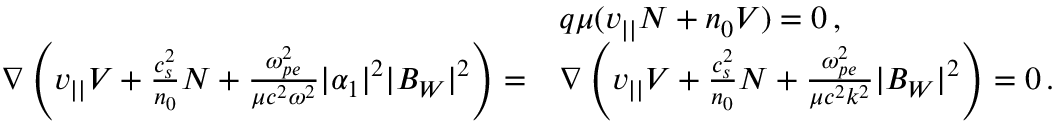
\begin{array} { r l } & { q \mu ( v _ { | | } N + n _ { 0 } V ) = 0 \, , } \\ { \nabla \left( v _ { | | } V + \frac { c _ { s } ^ { 2 } } { n _ { 0 } } N + \frac { \omega _ { p e } ^ { 2 } } { \mu c ^ { 2 } \omega ^ { 2 } } | \alpha _ { 1 } | ^ { 2 } | B _ { W } | ^ { 2 } \right) = } & { \nabla \left( v _ { | | } V + \frac { c _ { s } ^ { 2 } } { n _ { 0 } } N + \frac { \omega _ { p e } ^ { 2 } } { \mu c ^ { 2 } k ^ { 2 } } | B _ { W } | ^ { 2 } \right) = 0 \, . } \end{array}